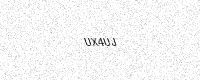
Text: UX4UJ